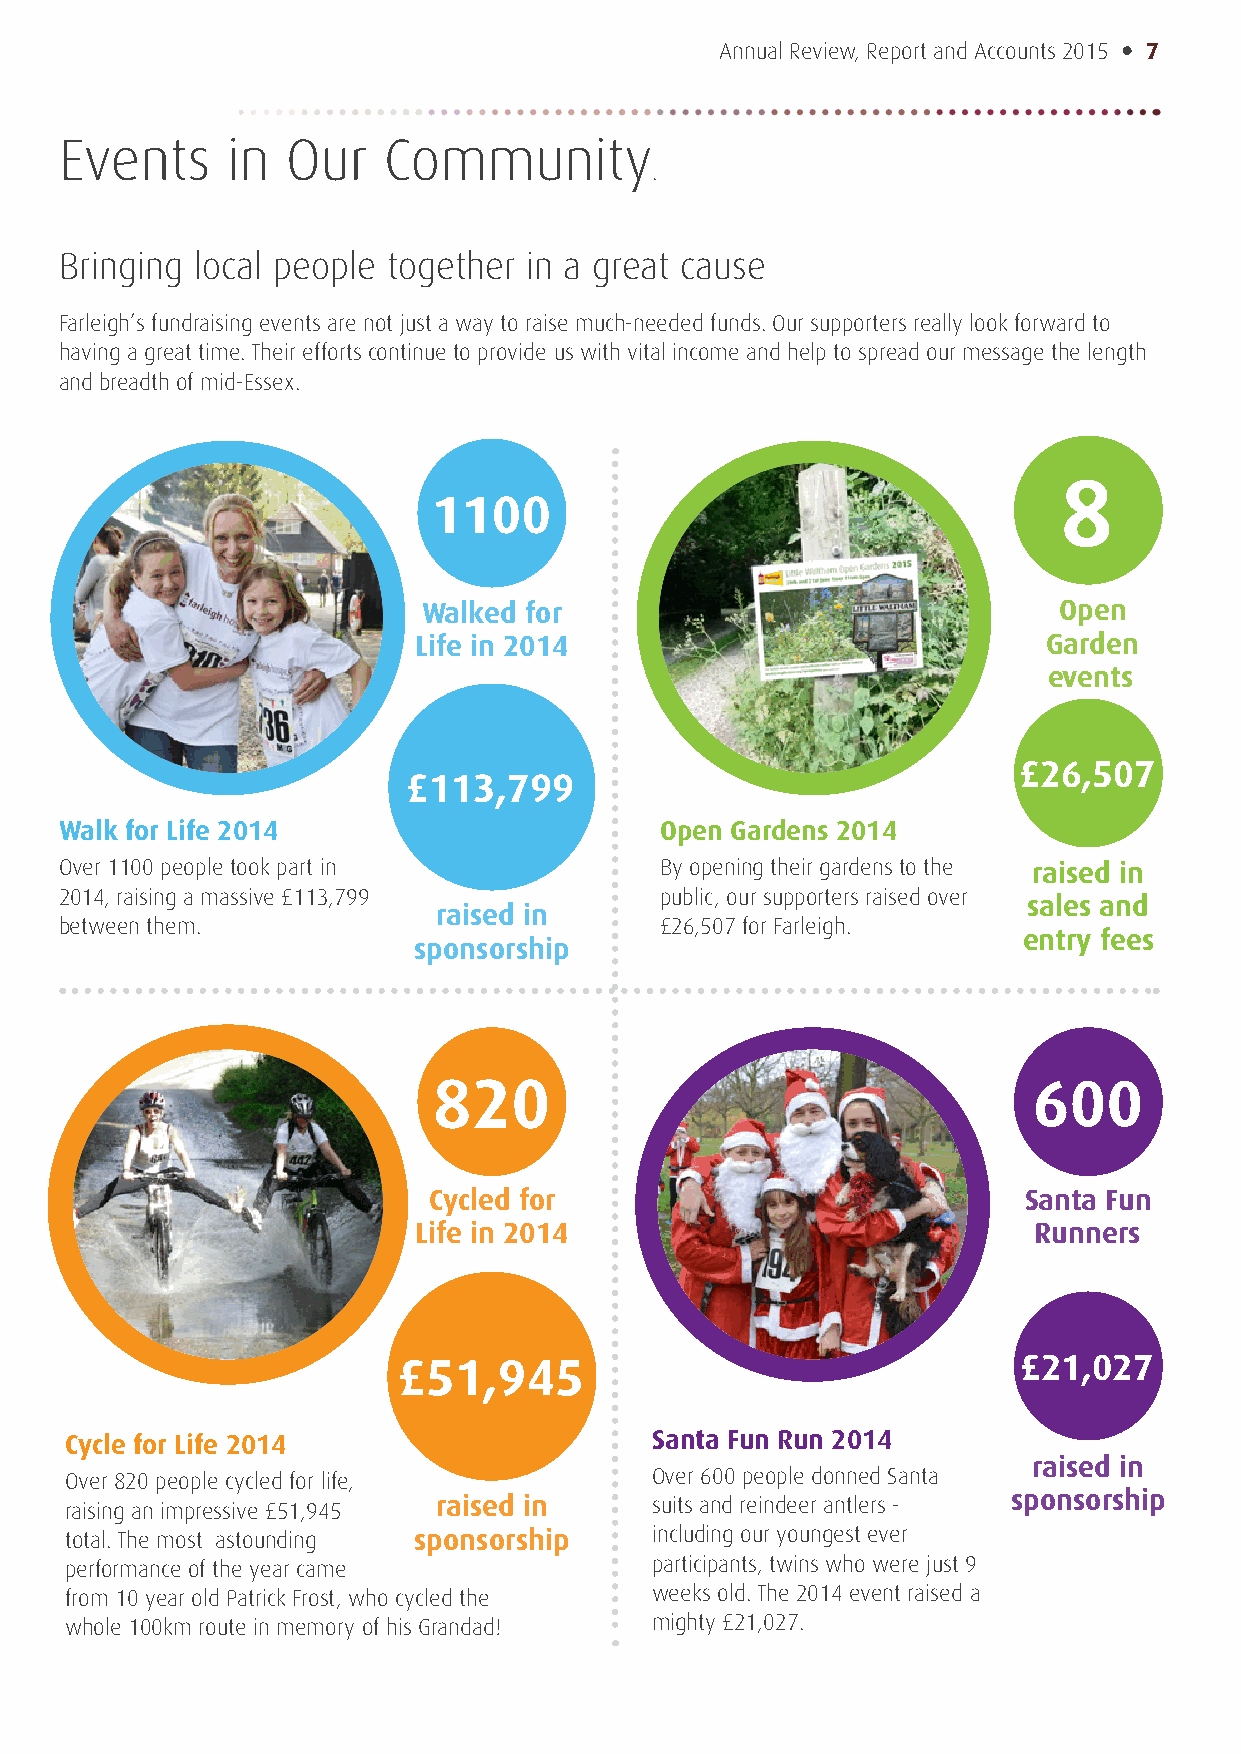
Annual Review, Report and Accounts 2015 • 7
 Events     in  Our   Community
 .
 Bringing local people together in a great cause
 Farleigh’s fundraising events are not just a way to raise much-needed funds. Our supporters really look forward to
 having a great time. Their efforts continue to provide us with vital income and help to spread our message the length
 and breadth of mid-Essex.
 8
 1100
 Walked for                                Open
 Life in 2014                              Garden
 events
 £26,507
 £113,799
 Walk for Life 2014                      Open Gardens 2014
 Over 1100 people took part in           By opening their gardens to the raised in
 2014, raising a massive £113,799        public, our supporters raised over
 sales and
 raised in
 between them.                           £26,507 for Farleigh.
 entry fees
 sponsorship
 820                                    600
 Cycled for                              Santa Fun
 Life in 2014                             Runners
 £51,945                                   £21,027
 Cycle for Life 2014                    Santa Fun Run 2014
 raised in
 Over 820 people cycled for life,       Over 600 people donned Santa
 raising an impressive £51,945 raised in suits and reindeer antlers - sponsorship
 total. The most astounding sponsorship including our youngest ever
 performance of the year came           participants, twins who were just 9
 from 10 year old Patrick Frost, who cycled the weeks old. The 2014 event raised a
 whole 100km route in memory of his Grandad! mighty £21,027.